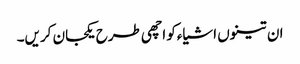
ان تینوں اشیاءکو اچھی طرح یکجان کریں۔